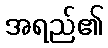
အရည်၏